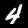
Digit: 4